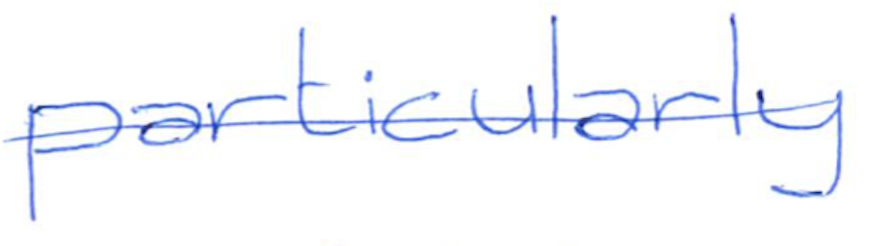
Text: particularly
Cross-out: single-line
Writing tool: ballpoint